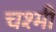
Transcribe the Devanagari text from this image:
चश्मी